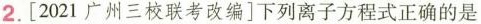
2.[2021广州三校联考改编]下列离子方程式正确的是